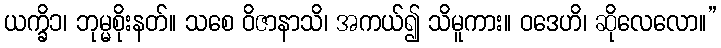
ယက္ခိ၁၊ ဘုမ္မစိုးနတ်။ သစေ ဝိဇာနာသိ၊ အကယ်၍ သိမူကား။ ဝဒေဟိ၊ ဆိုလေလော။”